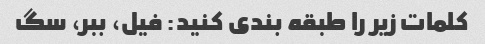
کلمات زیر را طبقه بندی کنید: فیل، ببر، سگ